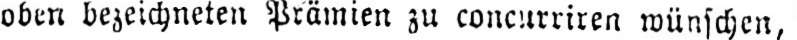
oben bezeichneten Prämien zu concurriren wünschen,